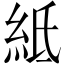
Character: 𥿄